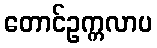
တောင်ဥက္ကလာပ